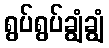
ရွပ်ရွပ်ချွံချွံ